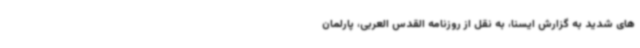
های شدید به گزارش ایسنا، به نقل از روزنامه القدس العربی، پارلمان